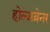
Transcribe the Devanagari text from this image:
होल्जब्रेनर